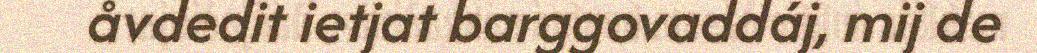
åvdedit ietjat barggovaddáj, mij de